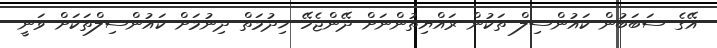
އޭގެ ސަބަބުން ކައުންސިލް ތަކުން ރައްޔިތުންނަށް ދޭންޖެހޭ ޚިދުމަތް ދިނުމަށް ކައުންސިލްތަކަށް ވަނީ